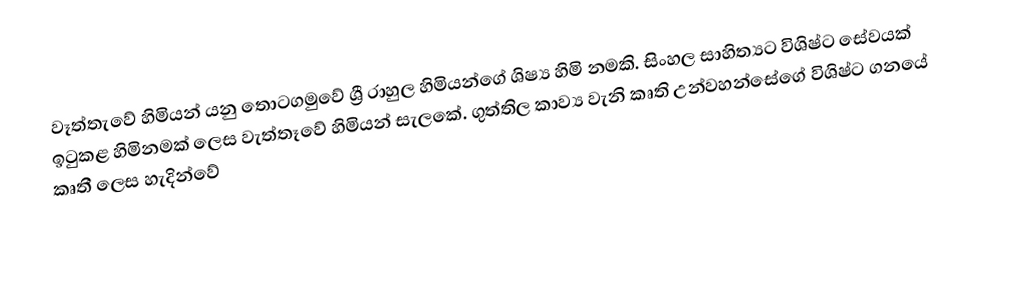
වෑත්තැවේ හිමියන් යනු තොටගමුවේ ශ්‍රී රාහුල හිමියන්ගේ ශිෂ්‍ය හිමි නමකි. සිංහල සාහිත්‍යට විශිෂ්ට සේවයක්‌ ඉටුකළ හිමිනමක් ලෙස වැත්තෑවේ හිමියන් සැලකේ. ගුත්තිල කාව්‍ය වැනි කෘති උන්වහන්සේගේ විශිෂ්ට ගනයේ කෘතී ලෙස හැදින්වේ